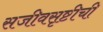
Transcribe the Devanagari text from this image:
सजीवसृष्टीची